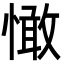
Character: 㦑